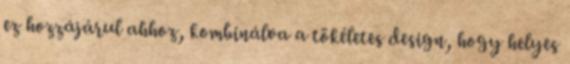
ez hozzájárul ahhoz, kombinálva a tökéletes design, hogy helyes